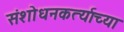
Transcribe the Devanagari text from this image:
संशोधनकर्त्याच्या